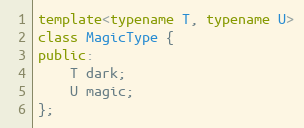
Language: C++
template<typename T, typename U>
class MagicType {
public:
    T dark;
    U magic;
};